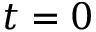
t = 0